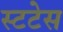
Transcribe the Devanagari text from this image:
स्टटेस